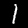
Digit: 1